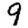
Digit: 9